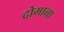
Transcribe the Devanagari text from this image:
दोमाना